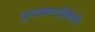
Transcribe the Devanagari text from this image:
पुस्तकमालिकेचे